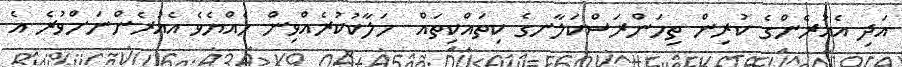
އަދި އެއުރެންގެ ކުރިން ތިމަންރަސްކަލާނގެ ކިތައްކިތައް  ހަލާކުކުރެއްވިން ހެއްޔެވެ އެއުރެންނަށްވުރެ އެ